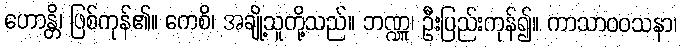
ဟောန္တိ၊ ဖြစ်ကုန်၏။ ကေစိ၊ အချို့သူတို့သည်။ ဘဏ္ဍူ၊ ဦးပြည်းကုန်၍။ ကာသာဝဝသနာ၊